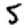
Digit: 5